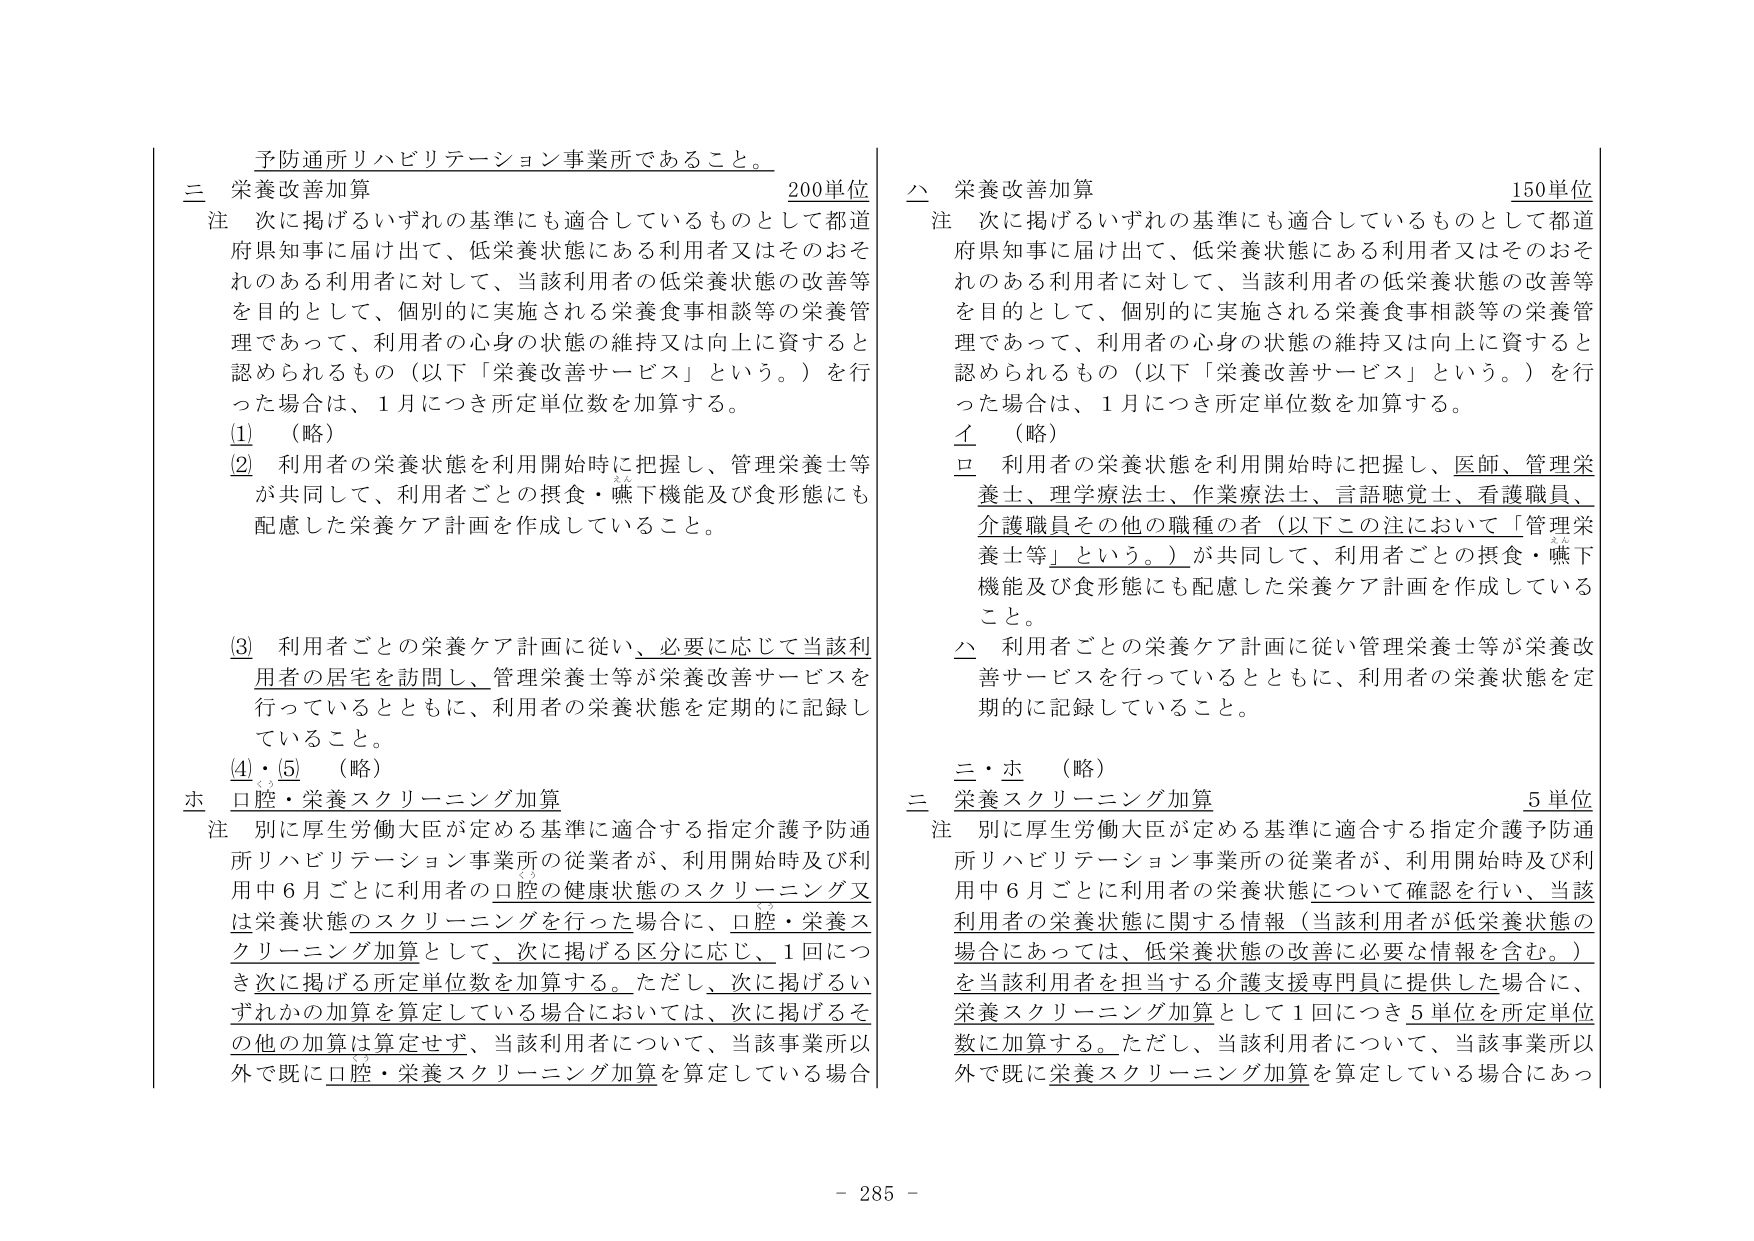
予防通所リハビリテーション事業所であること。

三 栄養改善加算 200単位
注 次に掲げるいずれの基準にも適合しているものとして都道府県知事に届け出て、低栄養状態にある利用者又はそのおそれのある利用者に対して、当該利用者の低栄養状態の改善等を目的として、個別的に実施される栄養食事相談等の栄養管理であって、利用者の心身の状態の維持又は向上に資すると認められるもの（以下「栄養改善サービス」という。）を行った場合は、1月につき所定単位数を加算する。
(1) （略）
(2) 利用者の栄養状態を利用開始時に把握し、管理栄養士等が共同して、利用者ごとの摂食・嚥下機能及び食形態にも配慮した栄養ケア計画を作成していること。
(3) 利用者ごとの栄養ケア計画に従い、必要に応じて当該利用者の居宅を訪問し、管理栄養士等が栄養改善サービスを行っているとともに、利用者の栄養状態を定期的に記録していること。
(4)・(5) （略）
ホ 口腔・栄養スクリーニング加算
注 別に厚生労働大臣が定める基準に適合する指定介護予防通所リハビリテーション事業所の従業者が、利用開始時及び利用中6月ごとに利用者の口腔の健康状態のスクリーニング又は栄養状態のスクリーニングを行った場合に、口腔・栄養スクリーニング加算として、次に掲げる区分に応じ、1回につき次に掲げる所定単位数を加算する。ただし、次に掲げるいずれかの加算を算定している場合においては、次に掲げるその他の加算は算定せず、当該利用者について、当該事業所以外で既に口腔・栄養スクリーニング加算を算定している場合

二 栄養改善加算 150単位
注 次に掲げるいずれの基準にも適合しているものとして都道府県知事に届け出て、低栄養状態にある利用者又はそのおそれのある利用者に対して、当該利用者の低栄養状態の改善等を目的として、個別的に実施される栄養食事相談等の栄養管理であって、利用者の心身の状態の維持又は向上に資すると認められるもの（以下「栄養改善サービス」という。）を行った場合は、1月につき所定単位数を加算する。
イ （略）
ロ 利用者の栄養状態を利用開始時に把握し、医師、管理栄養士、理学療法士、作業療法士、言語聴覚士、看護職員、介護職員その他の職種の者（以下この注において「管理栄養士等」という。）が共同して、利用者ごとの摂食・嚥下機能及び食形態にも配慮した栄養ケア計画を作成していること。
ハ 利用者ごとの栄養ケア計画に従い管理栄養士等が栄養改善サービスを行っているとともに、利用者の栄養状態を定期的に記録していること。
二・ホ （略）
三 栄養スクリーニング加算 5単位
注 別に厚生労働大臣が定める基準に適合する指定介護予防通所リハビリテーション事業所の従業者が、利用開始時及び利用中6月ごとに利用者の栄養状態について確認を行い、当該利用者の栄養状態に関する情報（当該利用者が低栄養状態の場合にあっては、低栄養状態の改善に必要な情報を含む。）を当該利用者を担当する介護支援専門員に提供した場合に、栄養スクリーニング加算として1回につき5単位を所定単位数に加算する。ただし、当該利用者について、当該事業所以外で既に栄養スクリーニング加算を算定している場合にあっ

- 285 -